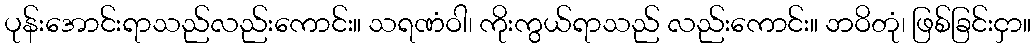
ပုန်းအောင်းရာသည်လည်းကောင်း။ သရဏံဝါ၊ ကိုးကွယ်ရာသည် လည်းကောင်း။ ဘဝိတုံ၊ ဖြစ်ခြင်းငှာ။